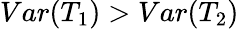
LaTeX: Var(T_{1})>Var(T_{2})